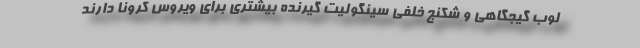
لوب گیجگاهی و شکنج خلفی سینگولیت گیرنده بیشتری برای ویروس کرونا دارند